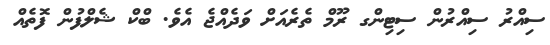
ސިއްރު ސިއްރުން ސިޓިންގ ރޫމް ތެރެއަށް ވަދެއްޖެ އެވެ. ބްކް ޝެލްފުން ފޮތެއް